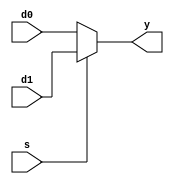
module mux2 # (parameter WIDTH= 8)

					(//2 in multiplex
					input	[WIDTH-1:0] d0,d1,
					input s,
					output [WIDTH-1:0] y);
					
assign y =s ? d1 : d0 ; // s==1 -> d1 s==0 -> d0
endmodule